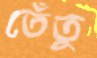
তেঁতু